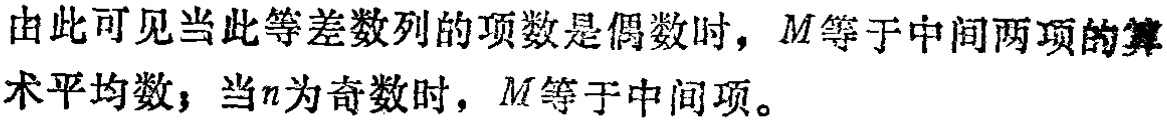
由此可见当此等差数列的项数是偶数时，\(M\)等于中间两项的算术平均数；当\(n\)为奇数时，\(M\)等于中间项。